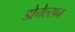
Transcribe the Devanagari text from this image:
डोनेल्सन